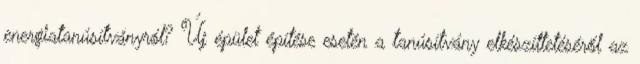
energiatanúsítványról? Új épület építése esetén a tanúsítvány elkészíttetéséről az